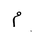
Letter: _mim